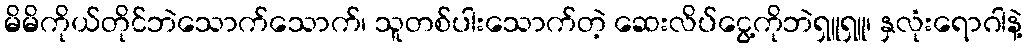
မိမိကိုယ်တိုင်ဘဲသောက်သောက်၊ သူတစ်ပါးသောက်တဲ့ ဆေးလိပ်ငွေ့ကိုဘဲရှူရှူ၊ နှလုံးရောဂါနဲ့